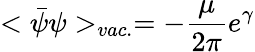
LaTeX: <\bar{\psi}\psi>_{vac.}=-\frac{\mu}{2\pi}e^{\gamma}